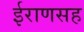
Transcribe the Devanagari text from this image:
ईराणसह